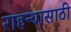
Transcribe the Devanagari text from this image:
राहन्यासाठी